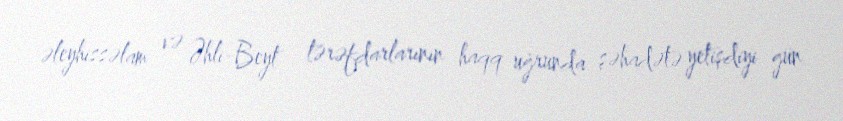
əleyhissəlam və Əhli-Beyt tərəfdarlarının haqq uğrunda şəhadətə yetişdiyi gün